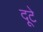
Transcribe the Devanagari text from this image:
दूटे